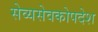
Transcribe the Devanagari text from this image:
सेव्यसेवकोपदेश